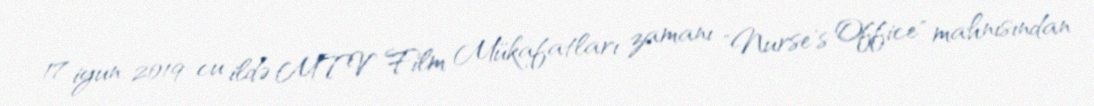
17 iyun 2019-cu ildə MTV Film Mükafatları zamanı "Nurse's Office" mahnısından